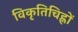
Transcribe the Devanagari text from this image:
विकृतिचिह्नों